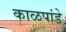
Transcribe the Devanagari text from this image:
काळपांडे